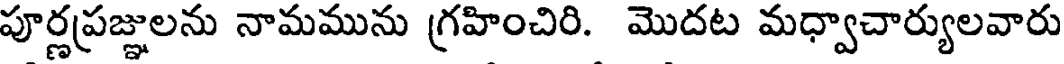
పూర్ణప్రజ్ఞులను నామమును గ్రహించిరి. మొదట మధ్వాచార్యులవారు